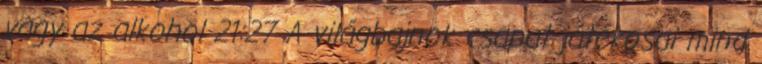
vagy az alkohol 21:27 A világbajnok csapat játékosai mind